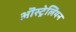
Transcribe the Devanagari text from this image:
ऒस्ट्रेलियन